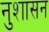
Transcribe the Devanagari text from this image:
नुशासन